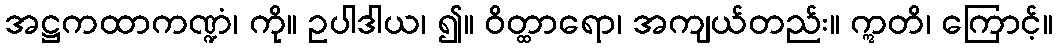
အဋ္ဌကထာကဏ္ဍံ၊ ကို။ ဥပါဒါယ၊ ၍။ ဝိတ္ထာရော၊ အကျယ်တည်း။ ဣတိ၊ ကြောင့်။